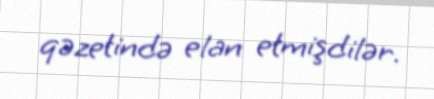
qəzetində elan etmişdilər.